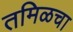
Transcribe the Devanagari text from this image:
तमिळचा